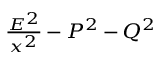
\scriptstyle { \frac { E ^ { 2 } } { x ^ { 2 } } } \, - \, P ^ { 2 } \, - \, Q ^ { 2 }